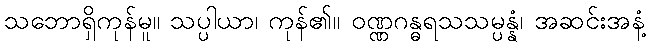
သဘောရှိကုန်မူ။ သပ္ပါယာ၊ ကုန်၏။ ဝဏ္ဏဂန္ဓရသသမ္ပန္နံ၊ အဆင်းအနံ့